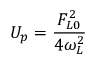
U _ { p } = \frac { F _ { L 0 } ^ { 2 } } { 4 \omega _ { L } ^ { 2 } }